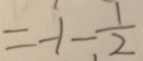
= - 1 - \frac { 1 } { 2 }